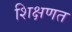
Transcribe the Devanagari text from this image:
शिक्षणत